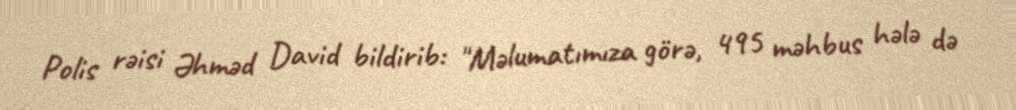
Polis rəisi Əhməd David bildirib: "Məlumatımıza görə, 495 məhbus hələ də